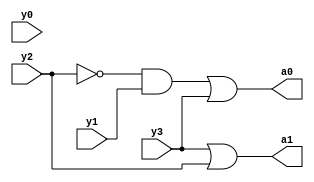
module pe(input y3, input y2, input y1, input y0, output a0, output a1);
not (y2n,y2);
and(and_out,y2n,y1);
or(a1,y3,y2);
or(a0,and_out,y3);
endmodule